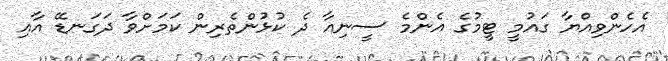
އެހެންވިއްޔާ ގައުމީ ޓީމުގެ އެންމެ ސީނިއާ ދެ ކުޅުންތެރިން ކަމަށްވާ ދަގަނޑޭ އާއި